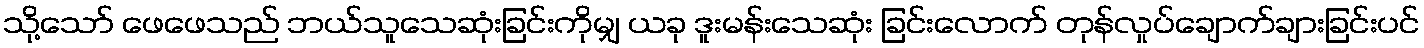
သို့သော် ဖေဖေသည် ဘယ်သူသေဆုံးခြင်းကိုမျှ ယခု ဒူးမန်းသေဆုံး ခြင်းလောက် တုန်လှုပ်ချောက်ချားခြင်းပင်